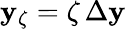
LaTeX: \mathbf{y}_{\zeta}=\zeta\, \Delta\mathbf{y}